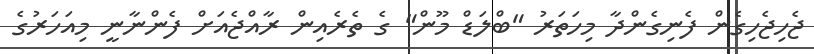
ޖެހިޖެހިގެން ފެނިގެންދާ މިހަތަރު "ބްލަޑް މޫން" ގެ ތެރެއިން ރާއްޖެއަށް ފެންނާނީ މިއަހަރުގެ